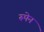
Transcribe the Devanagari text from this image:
रूपेन